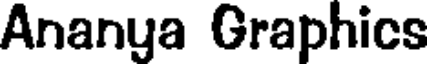
Ananya Graphics